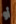
أو